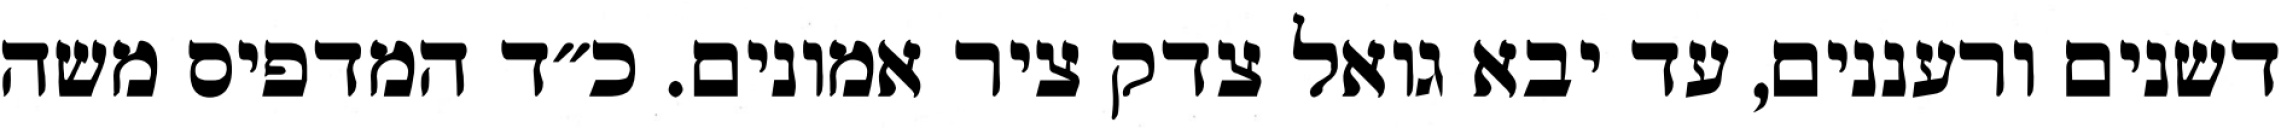
דשנים ורעננים, עד יבא גואל צדק ציר אמונים. כ״ד המדפיס משה